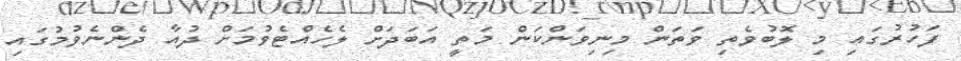
ފަހުރުގައި މި ލޮބުވެތި ވަތަން މިނިވަންކަން މަތީ އަބަދަށް ލެހެއްޓެވުމަށް ދުއާ ދެންނެވުމުގައި